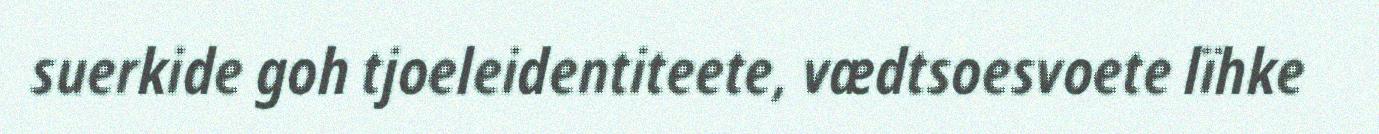
suerkide goh tjoeleidentiteete, vædtsoesvoete lïhke